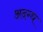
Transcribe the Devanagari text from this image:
अदग्ध